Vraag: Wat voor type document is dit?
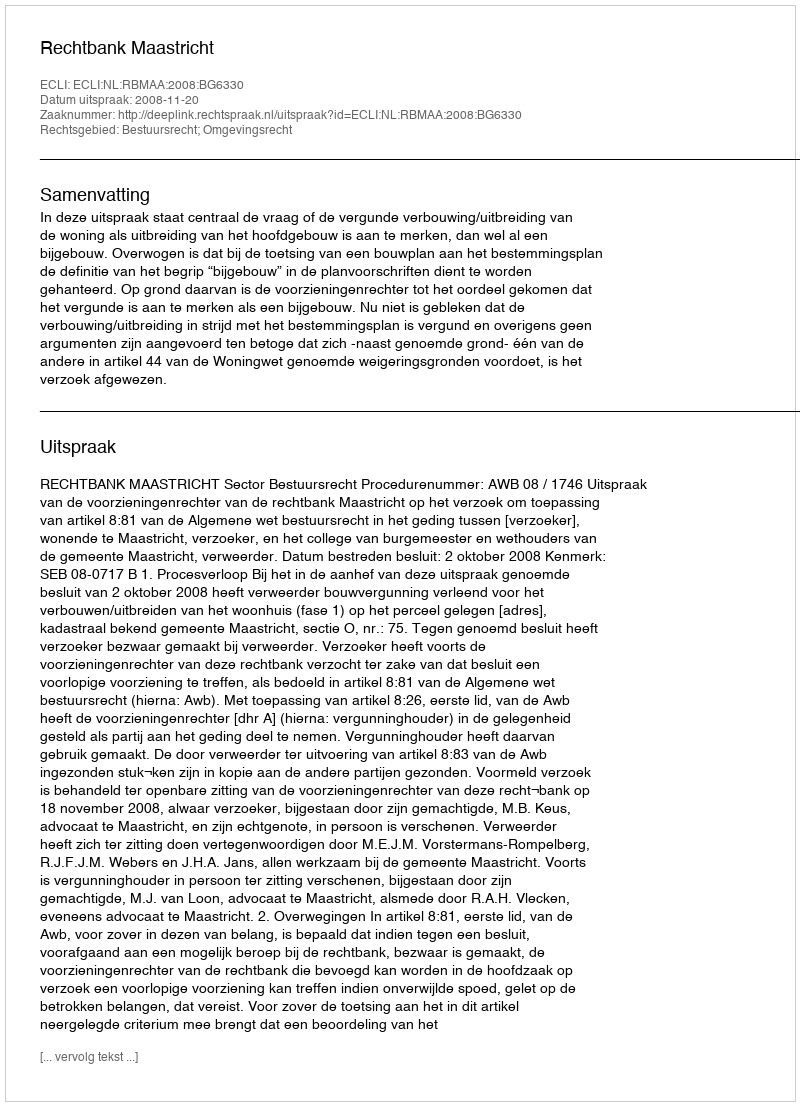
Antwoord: Uitspraak